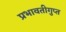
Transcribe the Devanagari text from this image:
प्रभावतीगुप्त